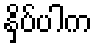
နှိပ်ပါက